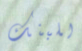
للبنك